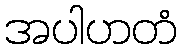
အပါဟတံ